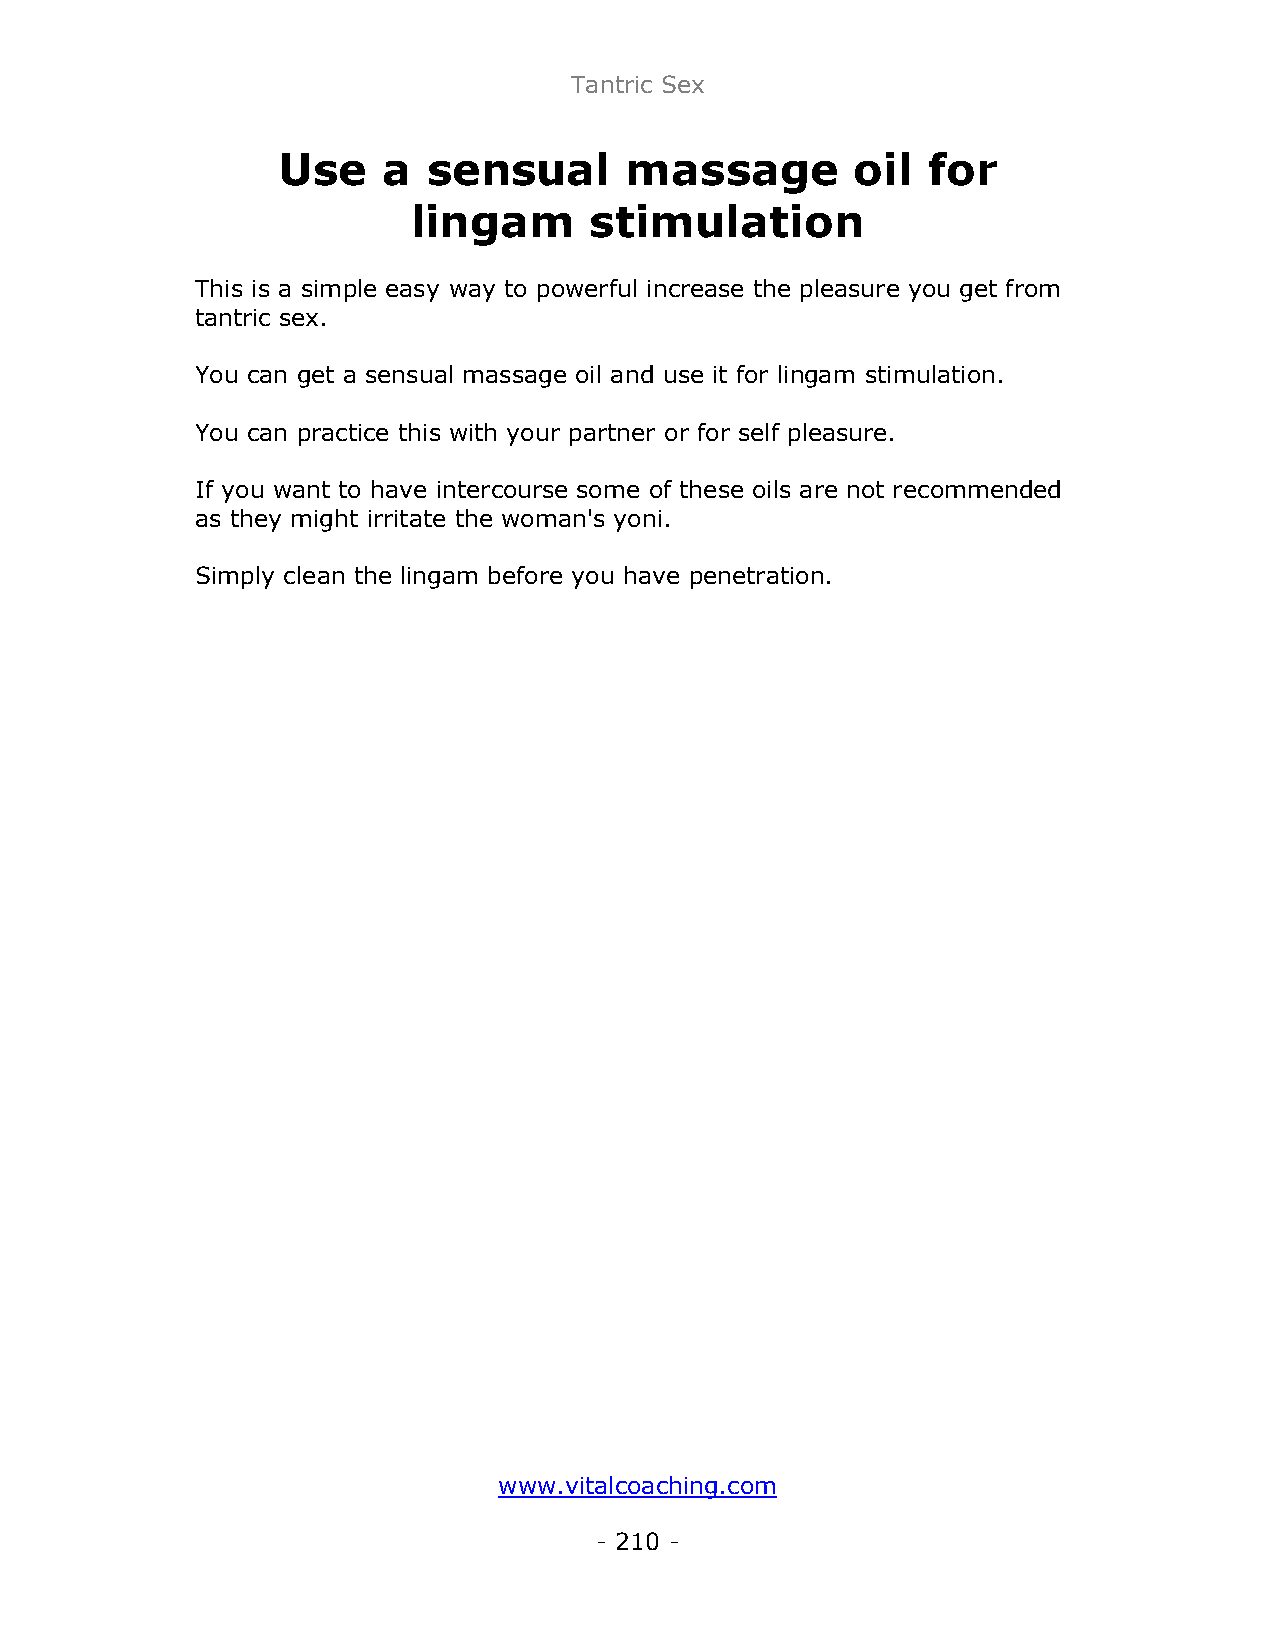
Tantric Sex
 Use    a  sensual      massage         oil for
 lingam      stimulation
 This is a simple easy way to powerful increase the pleasure you get from
 tantric sex.
 You can get a sensual massage oil and use it for lingam stimulation.
 You can practice this with your partner or for self pleasure.
 If you want to have intercourse some of these oils are not recommended
 as they might irritate the woman's yoni.
 Simply clean the lingam before you have penetration.
 www.vitalcoaching.com
 - 210 -